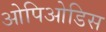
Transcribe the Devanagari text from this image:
ओपिओडिस